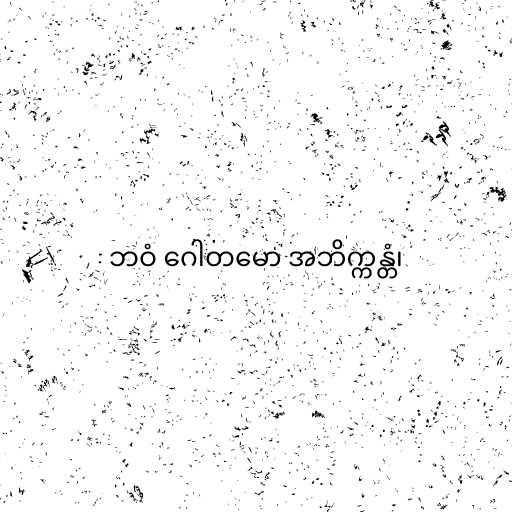
ဘဝံ ဂေါတမော အဘိက္ကန္တံ၊